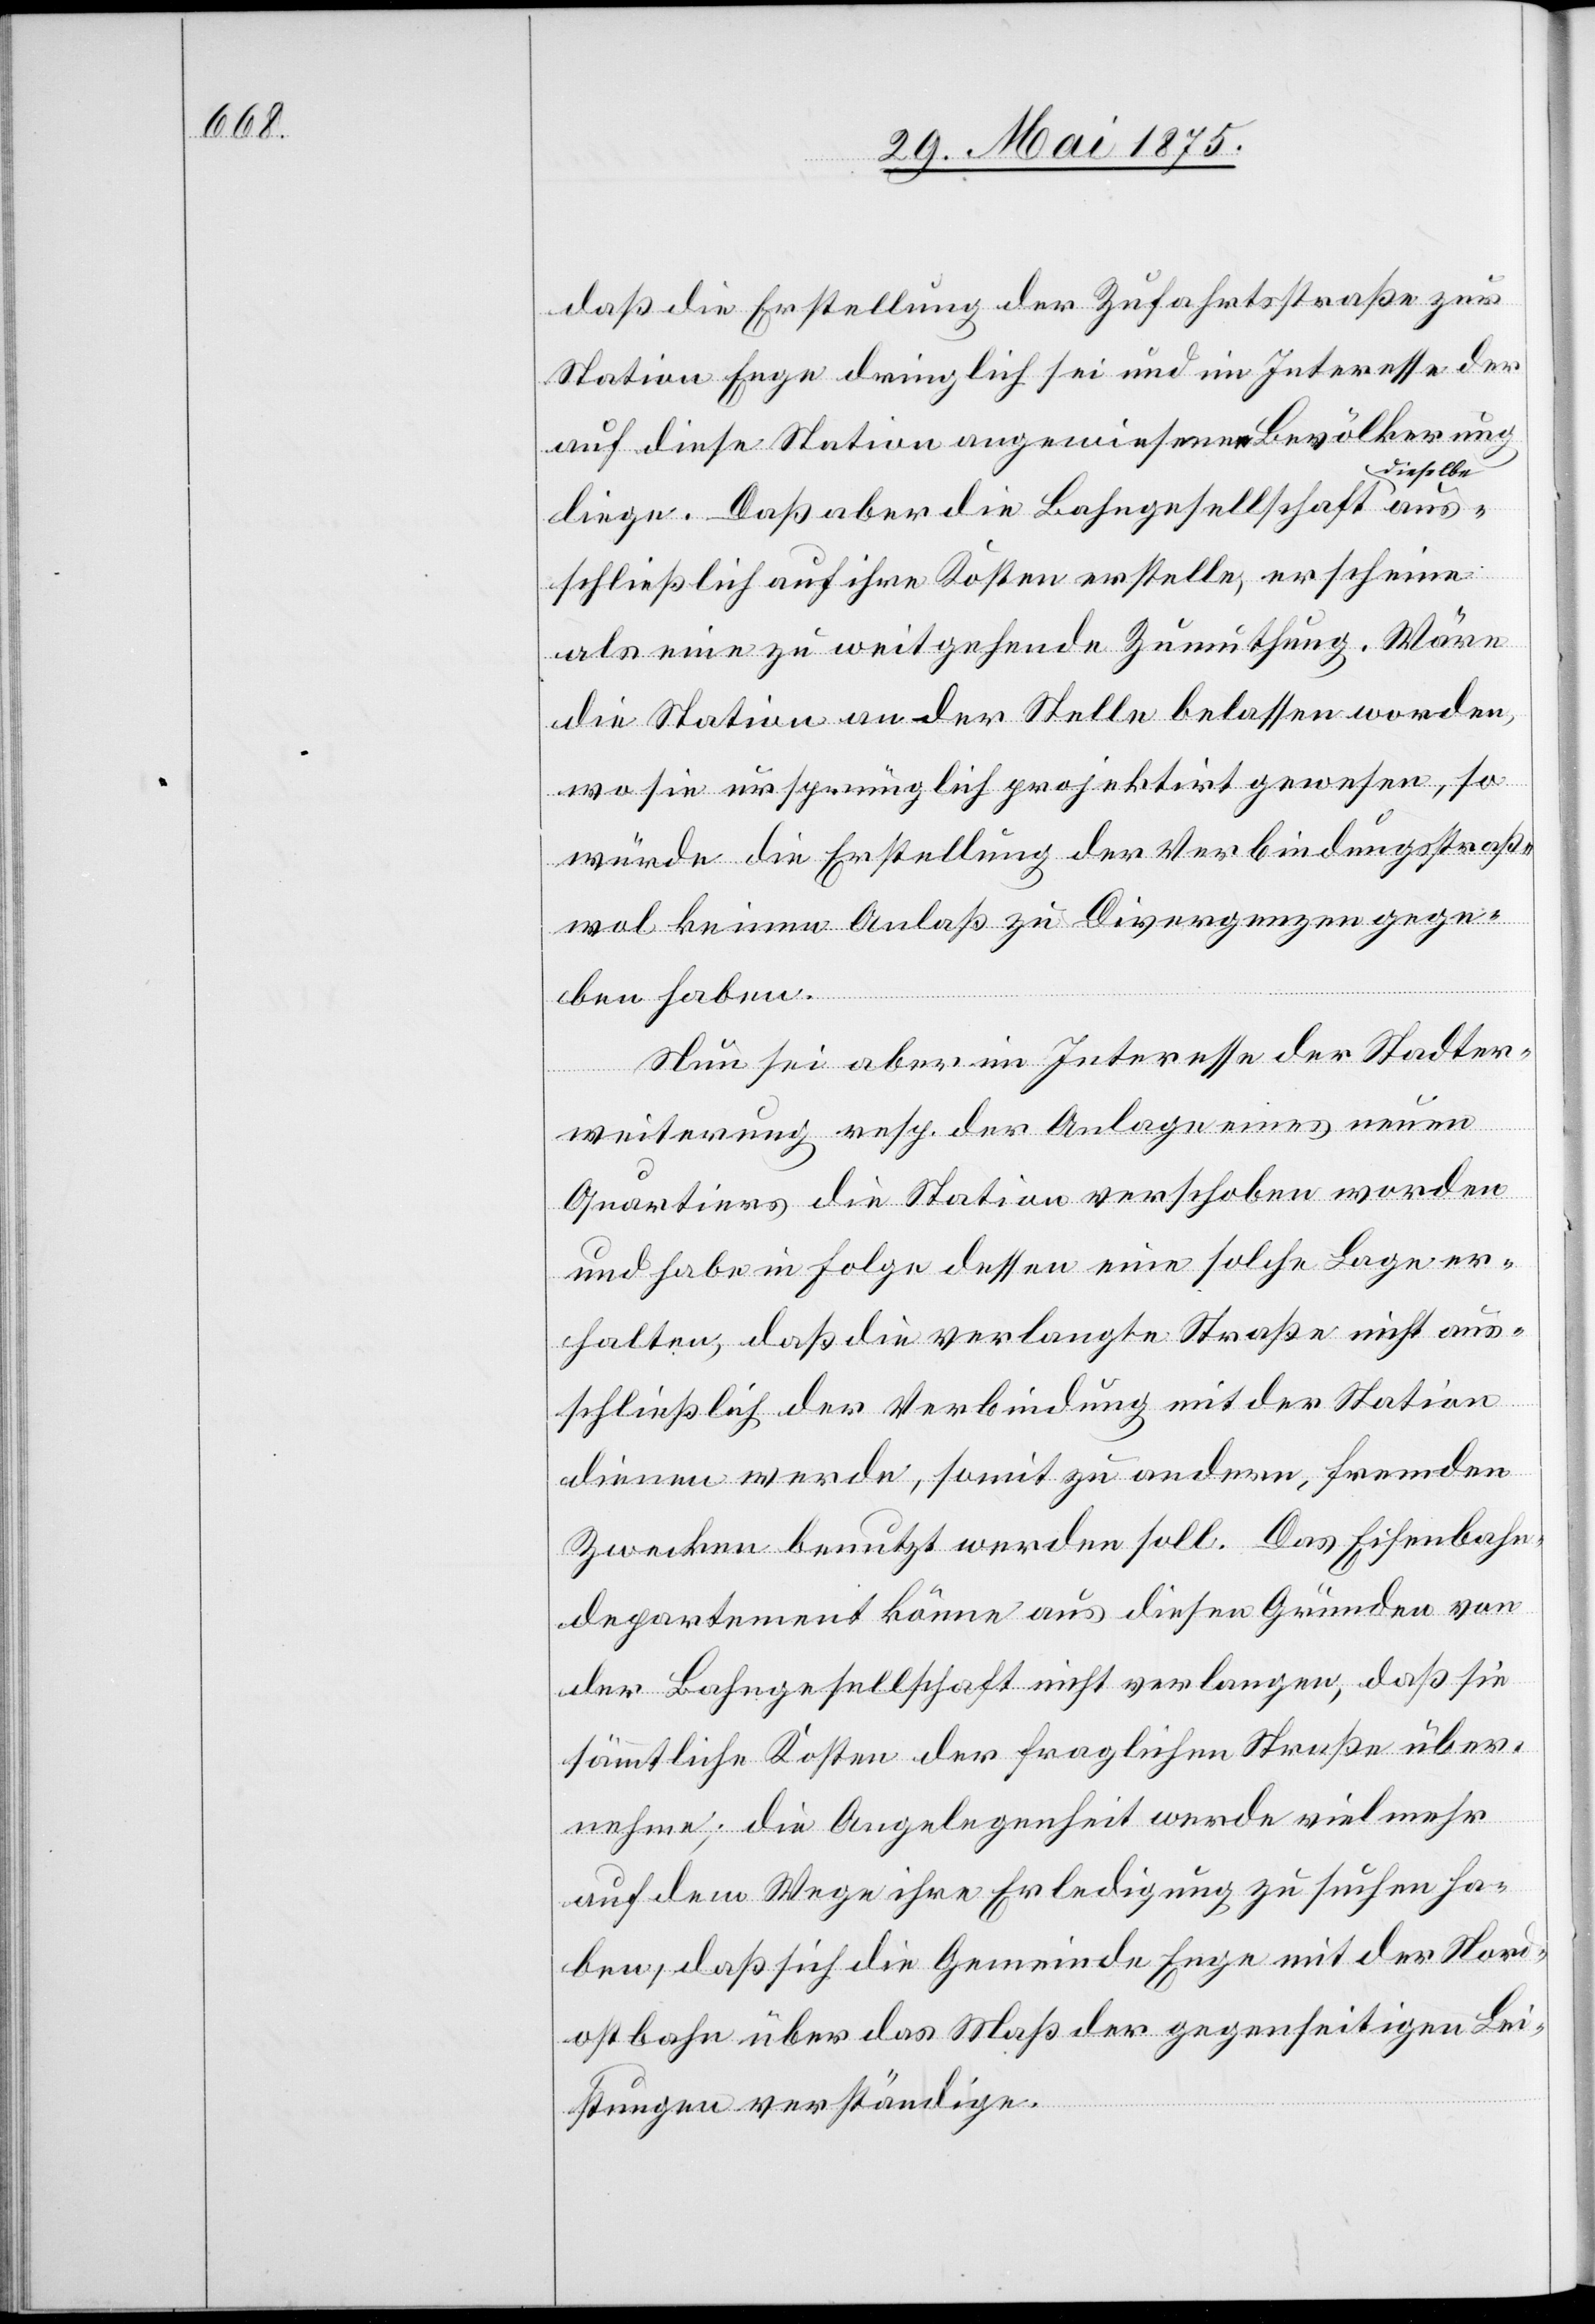
daß die Erstellung der Zufahrtstraße zur
Station Enge dringlich sei und im Interesse der
auf diese Station angewiesenen Bevölkerung
ieselbe
liege. Daß aber die Bahngesellschaft d¬
a¬
usschließlich auf ihre Kosten erstelle, erscheine
als eine zu weitgehende Zumuthung. Wäre
die Station an der Stelle belassen worden,
wo sie ursprünglich projektirt gewesen, so
würde die Erstellung der Verbindungsstraße
wol keinen Anlaß zu Divergenzen gege¬
ben haben.
Nun sei aber im Interesse der Stadter¬
weiterung resp. der Anlage eines neuen
Quartiers die Station verschoben worden
und habe in Folge dessen eine solche Lage er¬
halten, daß die verlangte Straße nicht aus¬
schließlich der Verbindung mit der Station
dienen werde, somit zu andern, fremden
Zwecken benutzt werden soll. Das Eisenbahn¬
departement könne aus diesen Gründen von
der Bahngesellschaft nicht verlangen, daß sie
sämtliche Kosten der fraglichen Straße über¬
nehme; die Angelegenheit werde vielmehr
auf dem Wege ihre Erledigung zu suchen ha¬
ben, daß sich die Gemeinde Enge mit der Nord¬
ostbahn über das Maß der gegenseitigen Lei¬
stungen verständige.